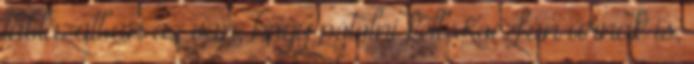
táblázatban az van, hogy pótolni kell Koczfán úrnak is,